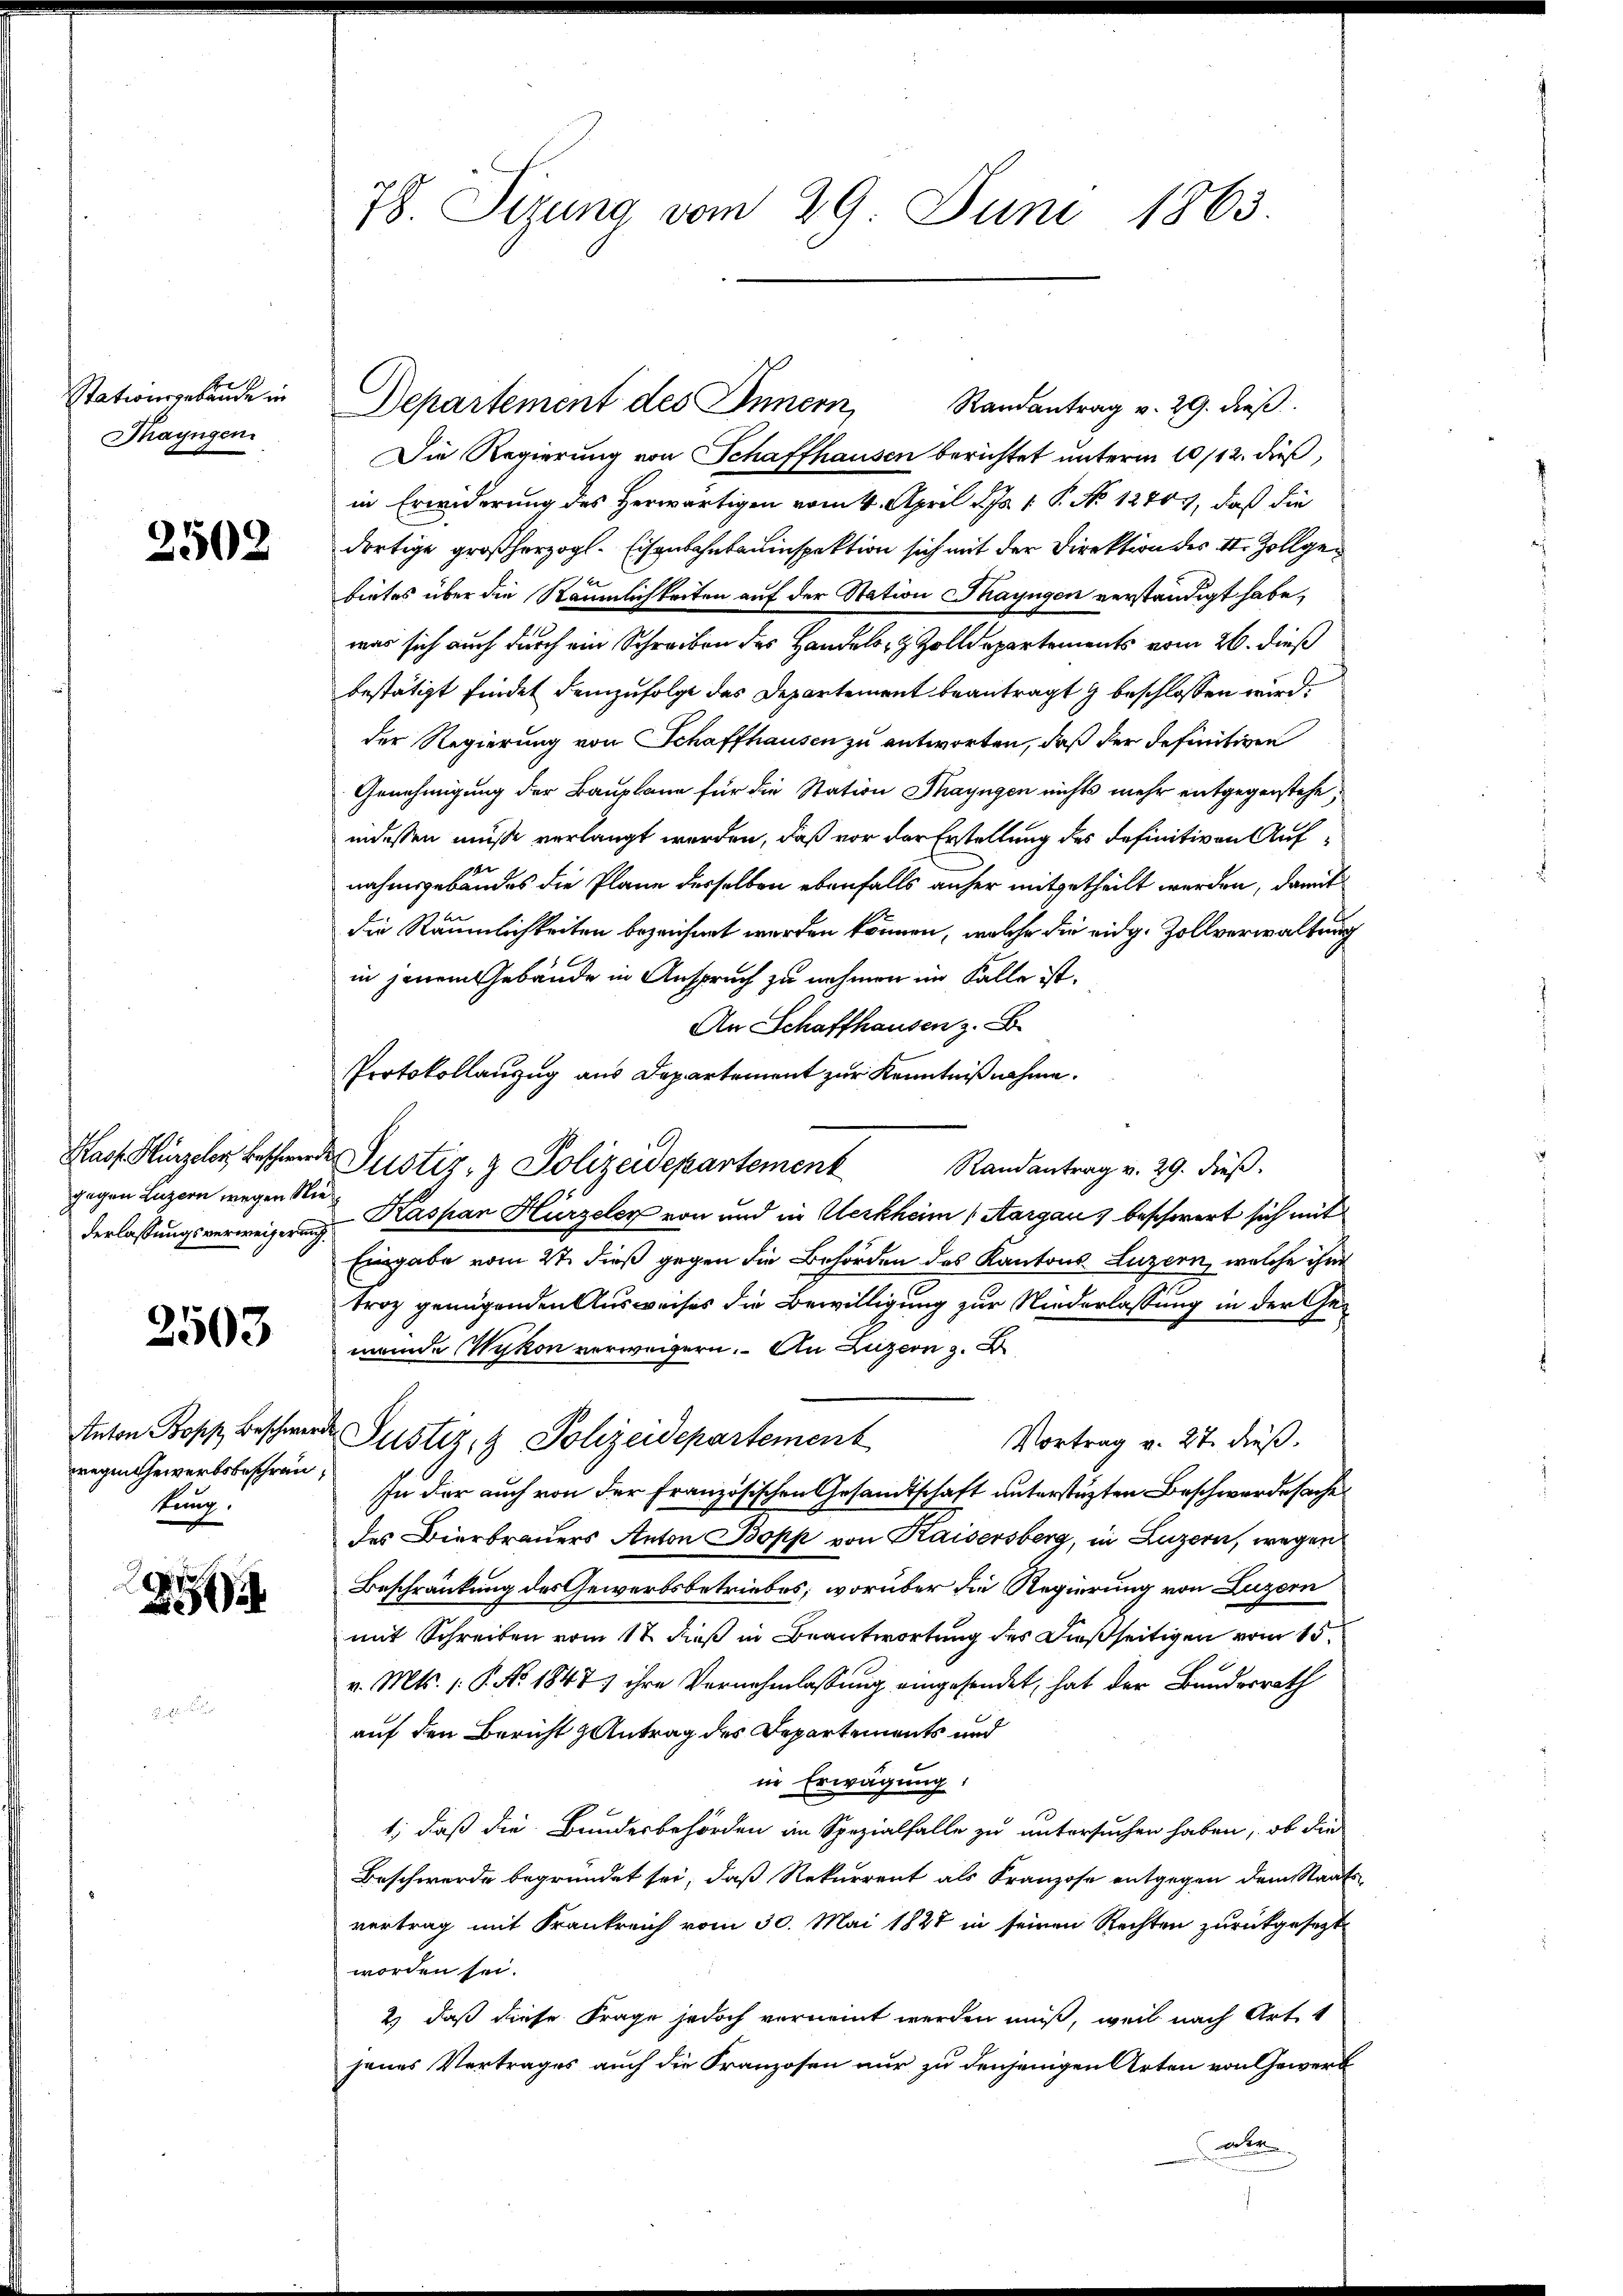
Stationsgebäude in
Thayngen.

2502

gegen Luzern wegen Niederlassungsverweigerung.

2503

wegen Gewerbsbeschräntung.

78. Sizung vom 29. Juni 1863.

Randantrag v. 29. dieß
Die Regierung von Schaffhausen berichtet unterm 10/12. dieß,
in Erwiderung des Herwärtigen vom 4. April d. Js. 1. P. No 12803, daß die
dortige großherzogl. Eisenbahnbauinspektion sich mit der Direktion des St. Zollgebietes über die Räumlichkeiten auf der Station Thayngen verständigt habe,
was sich auch durch ein Schreiben des Handels- & Zolldepartements vom 26. dieß
bestätigt findet demzufolge das Departement beantragt & beschlossen wird.
der Regierung von Schaffhausen zu antworten, daß der definitiven
Genehmigung der Bauplane für die Station Thayngen nichts mehr entgegenstehe,
indessen müsse verlangt werden, daß vor der Erstellung des definitiven Aufnahmsgebäudes die Plane desselben ebenfalls anher mitgetheilt werden, damit
die Räumlichkeiten bezeichnet werden können, welche die eidg. Zollverwaltung
in jenem Gebäude in Anspruch zu nehmen im Falle ist.
An Schaffhausen z.
Protokollanzug aus Departement zur Kenntnißnahme.
Kaof Hirzeler Beschwerde Justiz- & Polizeidepartement
Randantrag v. 29. dieß.
Kaspar Hirzeley von und in Werkheim (Aargau beschwert sich mit
Eingabe vom 27. dieß gegen die Behörden des Kantons Luzern, welche ihm
troz genügenden Ausweises die Bewilligung zur Niederlassung in der Gemende Wykon verweigern. An Luzern 3.
Anton Popp Beschwerde Justiz & Polizeidepartement
Vortrag v. 27. dieß.
In der auch von der französischen Gesandtschaft unterstüzten Beschwerdesache
des Bierbrauers Anton Bopp von Kaisersberg, in Luzern, wegen
Beschränkung des Gewerbsbetriebes, worüber die Regierung von Luzern
mit Schreiben vom 17 dieß in Beantwortung des dießseitigen vom 15.
v. Mts. (: P. No. 1847) ihre Vernehmlassung eingesendet, hat der Bundesrath
auf den Bericht & Antrag des Departements und
in Erwägung:
1, daß die Bundesbehörden in Spezialfalle zu untersuchen haben, ob die
Beschwerde begründet sei, daß Rekurrent als Franzose entgegen dem Staats
vertrag mit Frankreich vom 30. Mai 1828 in seinen Rechten zurückgesagt
worden sei.
2) daß diese Frage jedoch verneint werden muß, weil nach Art
jenes Vertrages auch die Franzosen nur zu denjenigen Arten von Gewerb
oder

Departement des Innern,